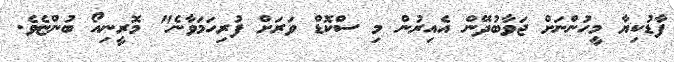
ފާޑުކިޔާ މީހުންނަށް ޖަވާބުދޭން އެއިރުން މި ސްކޮޑް ވަރަށް ފުރިހަމަވާނެ" މޮރީނިއޯ ބުންޏެވެ.